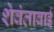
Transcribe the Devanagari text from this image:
शेवंताबाई